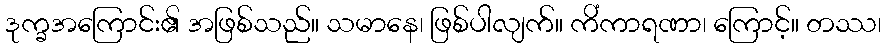
ဒုက္ခအကြောင်း၏ အဖြစ်သည်။ သမာနေ၊ ဖြစ်ပါလျက်။ ကိံကာရဏာ၊ ကြောင့်။ တဿ၊